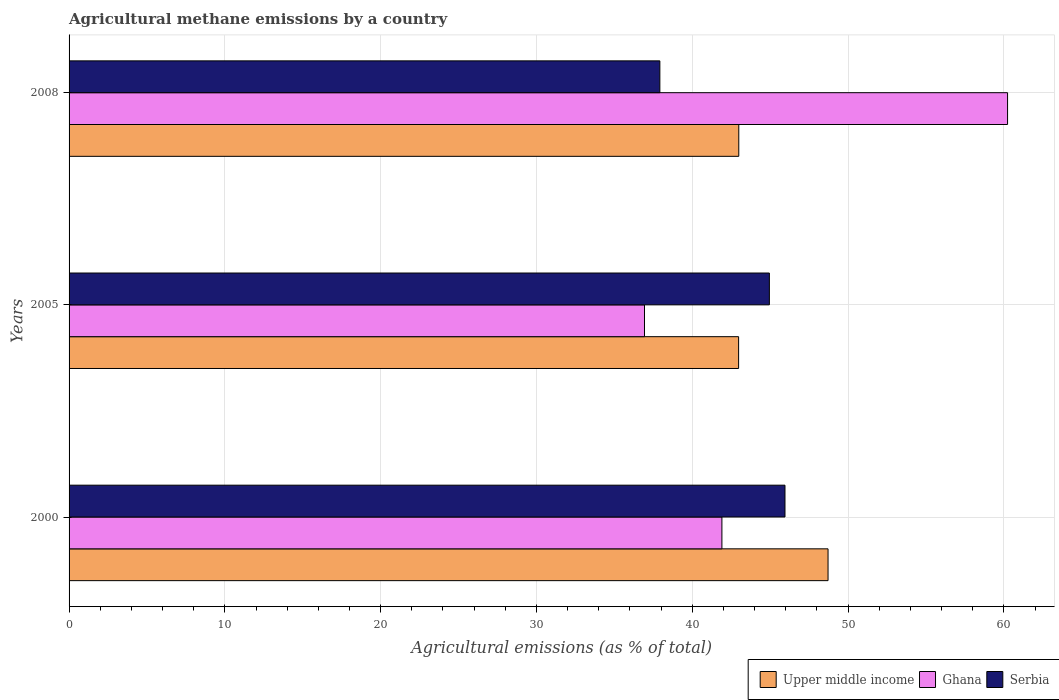
| Years | Upper middle income | Ghana | Serbia |
 | --- | --- | --- | --- |
 | 2000 | 48.7 | 41.9 | 46 |
 | 2005 | 43 | 36.9 | 45 |
 | 2008 | 43 | 60.2 | 37.9 |